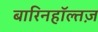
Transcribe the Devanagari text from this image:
बारिनहाॅल्तज़